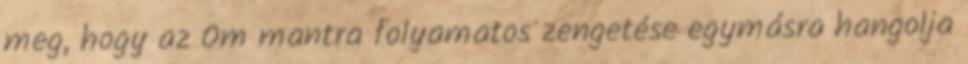
meg, hogy az Om mantra folyamatos zengetése egymásra hangolja